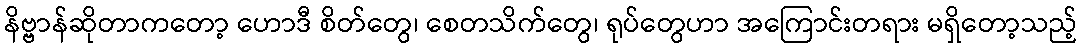
နိဗ္ဗာန်ဆိုတာကတော့ ဟောဒီ စိတ်တွေ၊ စေတသိက်တွေ၊ ရုပ်တွေဟာ အကြောင်းတရား မရှိတော့သည့်